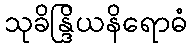
သုခိန္ဒြိယနိရောဓံ